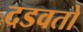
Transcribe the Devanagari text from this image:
दडवतो